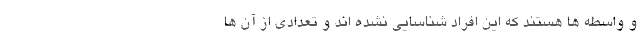
و واسطه ها هستند که این افراد شناسایی نشده اند و تعدادی از آن ها